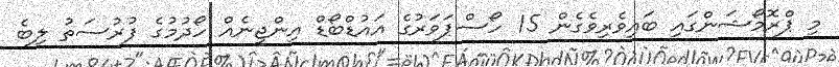
މި ޕްރޮމޯޝަންގައި ބައިވެރިވެގެން 15 ހޯސްޕަވަރުގެ އައުޑްބޯޑް އިންޖީނެއް ހޯދުމުގެ ފުރުސަތު ލިބެ